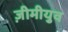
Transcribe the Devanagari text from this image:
ज़ीमीयुव